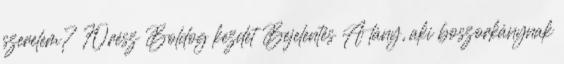
szerelem? 70.rész Boldog kezdet Bejelentés A lány, aki boszorkánynak